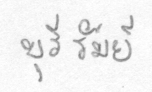
บุรีรัมย์